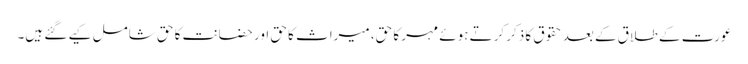
عورت کے طلاق کے بعد حقوق کا ذکر کرتے ہوئے مہر کا حق، میراث کا حق اور حضانت کا حق شامل کیے گئے ہیں۔